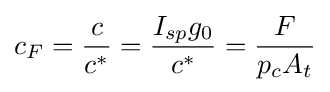
c_{F}={\frac {c}{c^{*}}}={\frac {I_{sp}g_{0}}{c^{*}}}={\frac {F}{p_{c}A_{t}}}